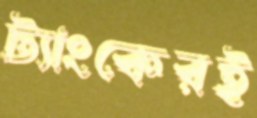
ট্যাংকেরই